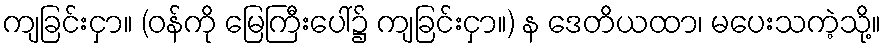
ကျခြင်းငှာ။ (ဝန်ကို မြေကြီးပေါ်၌ ကျခြင်းငှာ။) န ဒေတိယထာ၊ မပေးသကဲ့သို့။